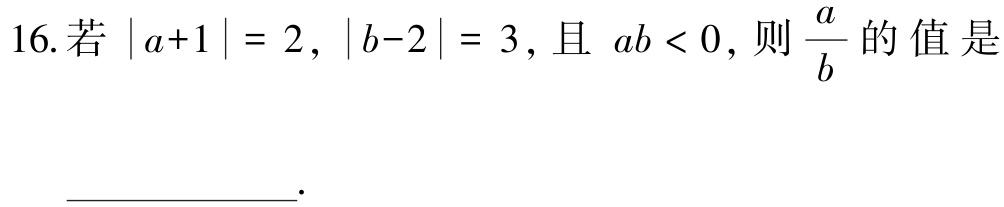
16. 若 \(|a + 1| = 2\)，\(|b - 2| = 3\)，且 \(ab < 0\)，则 \(\frac{a}{b}\) 的值是  ____________.